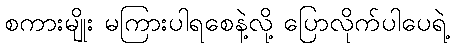
စကားမျိုး မကြားပါရစေနဲ့လို့ ပြောလိုက်ပါပေရဲ့